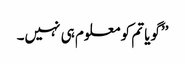
’’گویا تم کو معلوم ہی نہیں۔